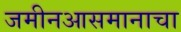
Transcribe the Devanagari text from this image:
जमीनआसमानाचा